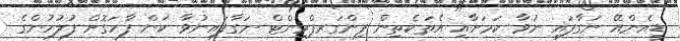
ޑީއެންއޭ ނަގާފައި ނުވާ ކަމަށާއި އެތަކެތިން ފިންގަރޕްރިންޓް ނަގާފައިނުވާ ކަން ފާހަގޮށް ފުލުހުންގެ